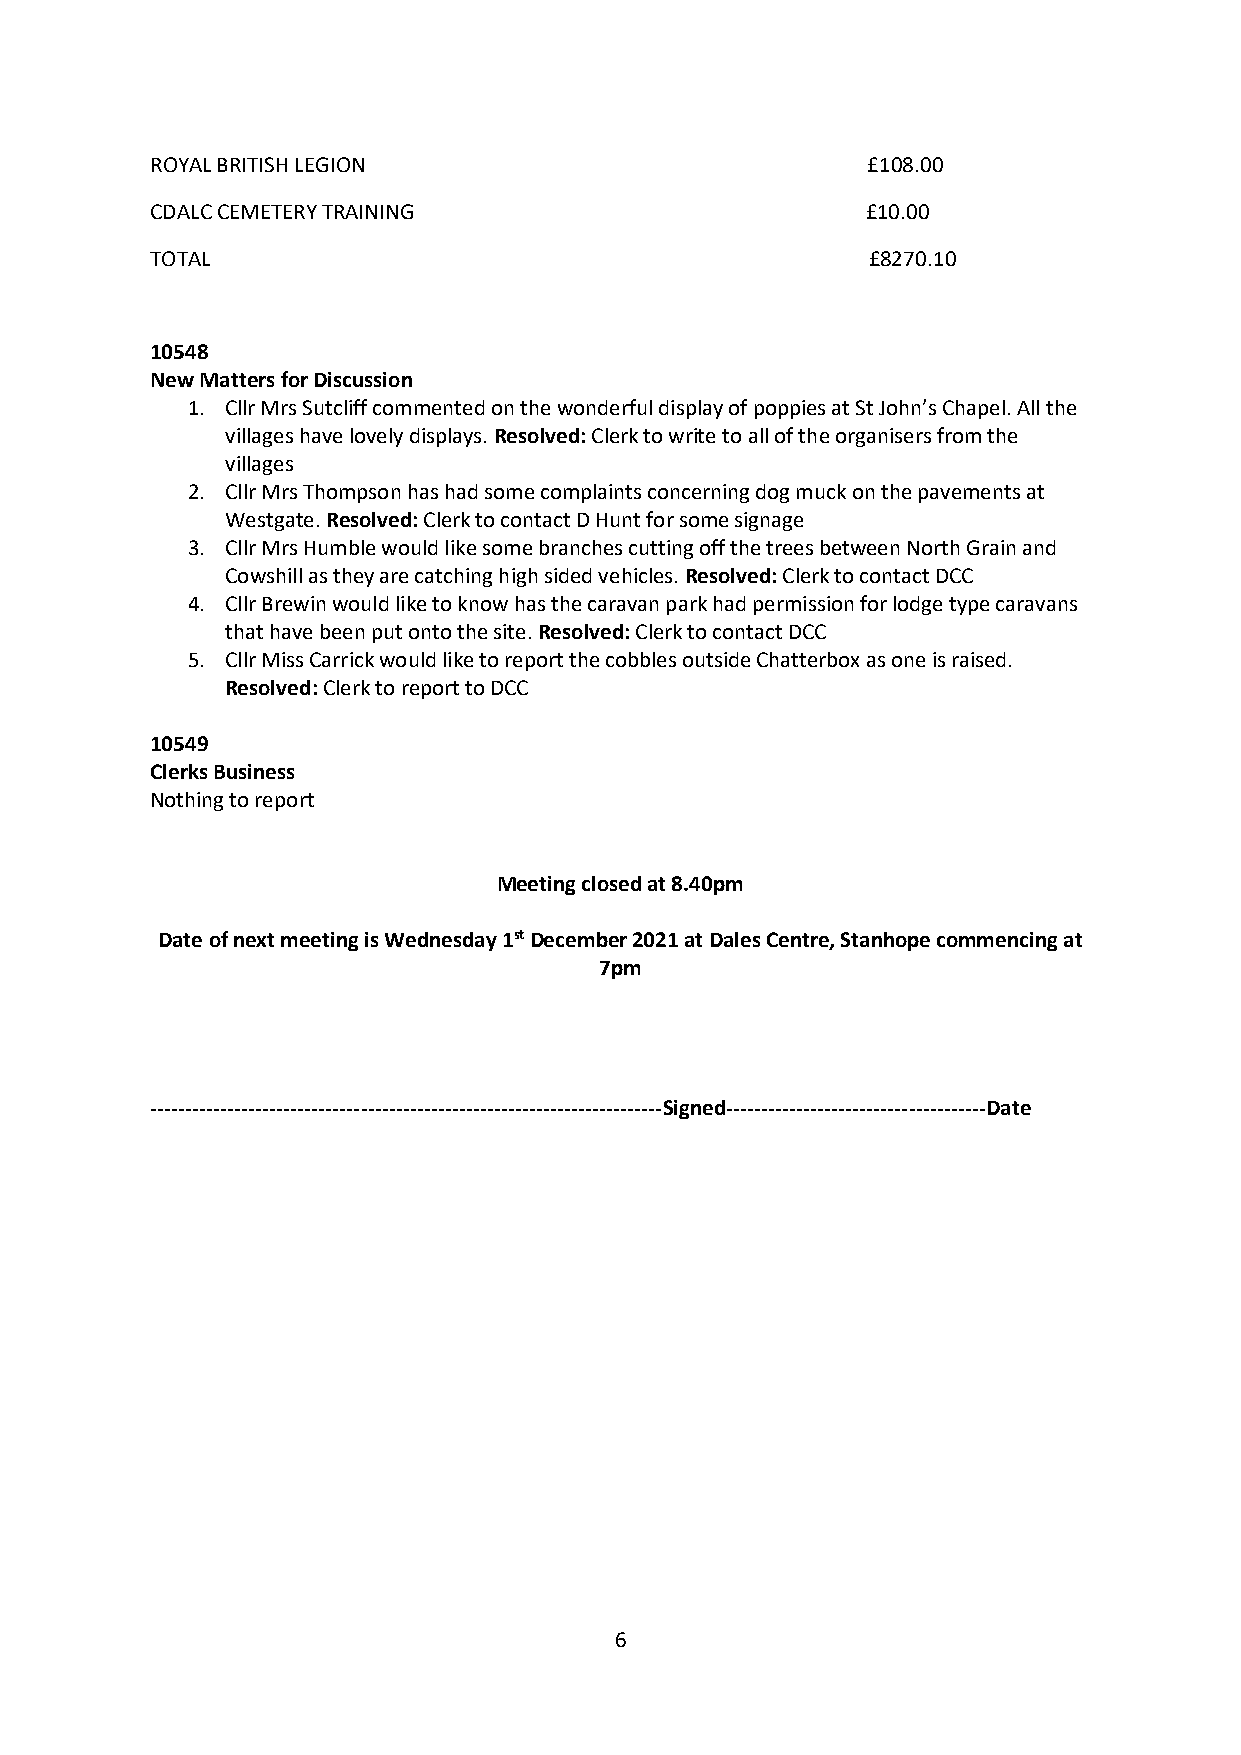
ROYAL BRITISH LEGION                           £108.00
 CDALC CEMETERY TRAINING                        £10.00
 TOTAL                                           £8270.10
 10548
 New Matters for Discussion
 1. Cllr Mrs Sutcliff commented on the wonderful display of poppies at St John’s Chapel. All the
 villages have lovely displays. Resolved: Clerk to write to all of the organisers from the
 villages
 2. Cllr Mrs Thompson has had some complaints concerning dog muck on the pavements at
 Westgate. Resolved: Clerk to contact D Hunt for some signage
 3. Cllr Mrs Humble would like some branches cutting off the trees between North Grain and
 Cowshill as they are catching high sided vehicles. Resolved: Clerk to contact DCC
 4. Cllr Brewin would like to know has the caravan park had permission for lodge type caravans
 that have been put onto the site. Resolved: Clerk to contact DCC
 5. Cllr Miss Carrick would like to report the cobbles outside Chatterbox as one is raised.
 Resolved: Clerk to report to DCC
 10549
 Clerks Business
 Nothing to report
 Meeting closed at 8.40pm
 Date of next meeting is Wednesday 1st December 2021 at Dales Centre, Stanhope commencing at
 7pm
 -------------------------------------------------------------------------Signed-------------------------------------Date
 6